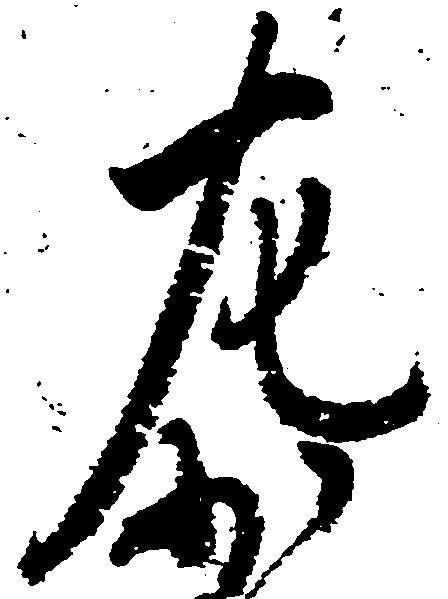
左